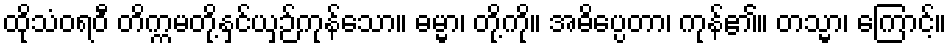
ထိုသံဝရဝီ တိက္ကမတို့နှင်ယှဉ်ကုန်သော။ ဓမ္မာ၊ တို့ကို။ အဓိပ္ပေတာ၊ ကုန်၏။ တသ္မာ၊ ကြောင့်။